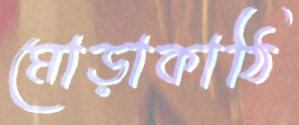
মোড়াকাঠি